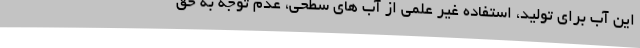
این آب برای تولید، استفاده غیر علمی از آب های سطحی، عدم توجه به حق